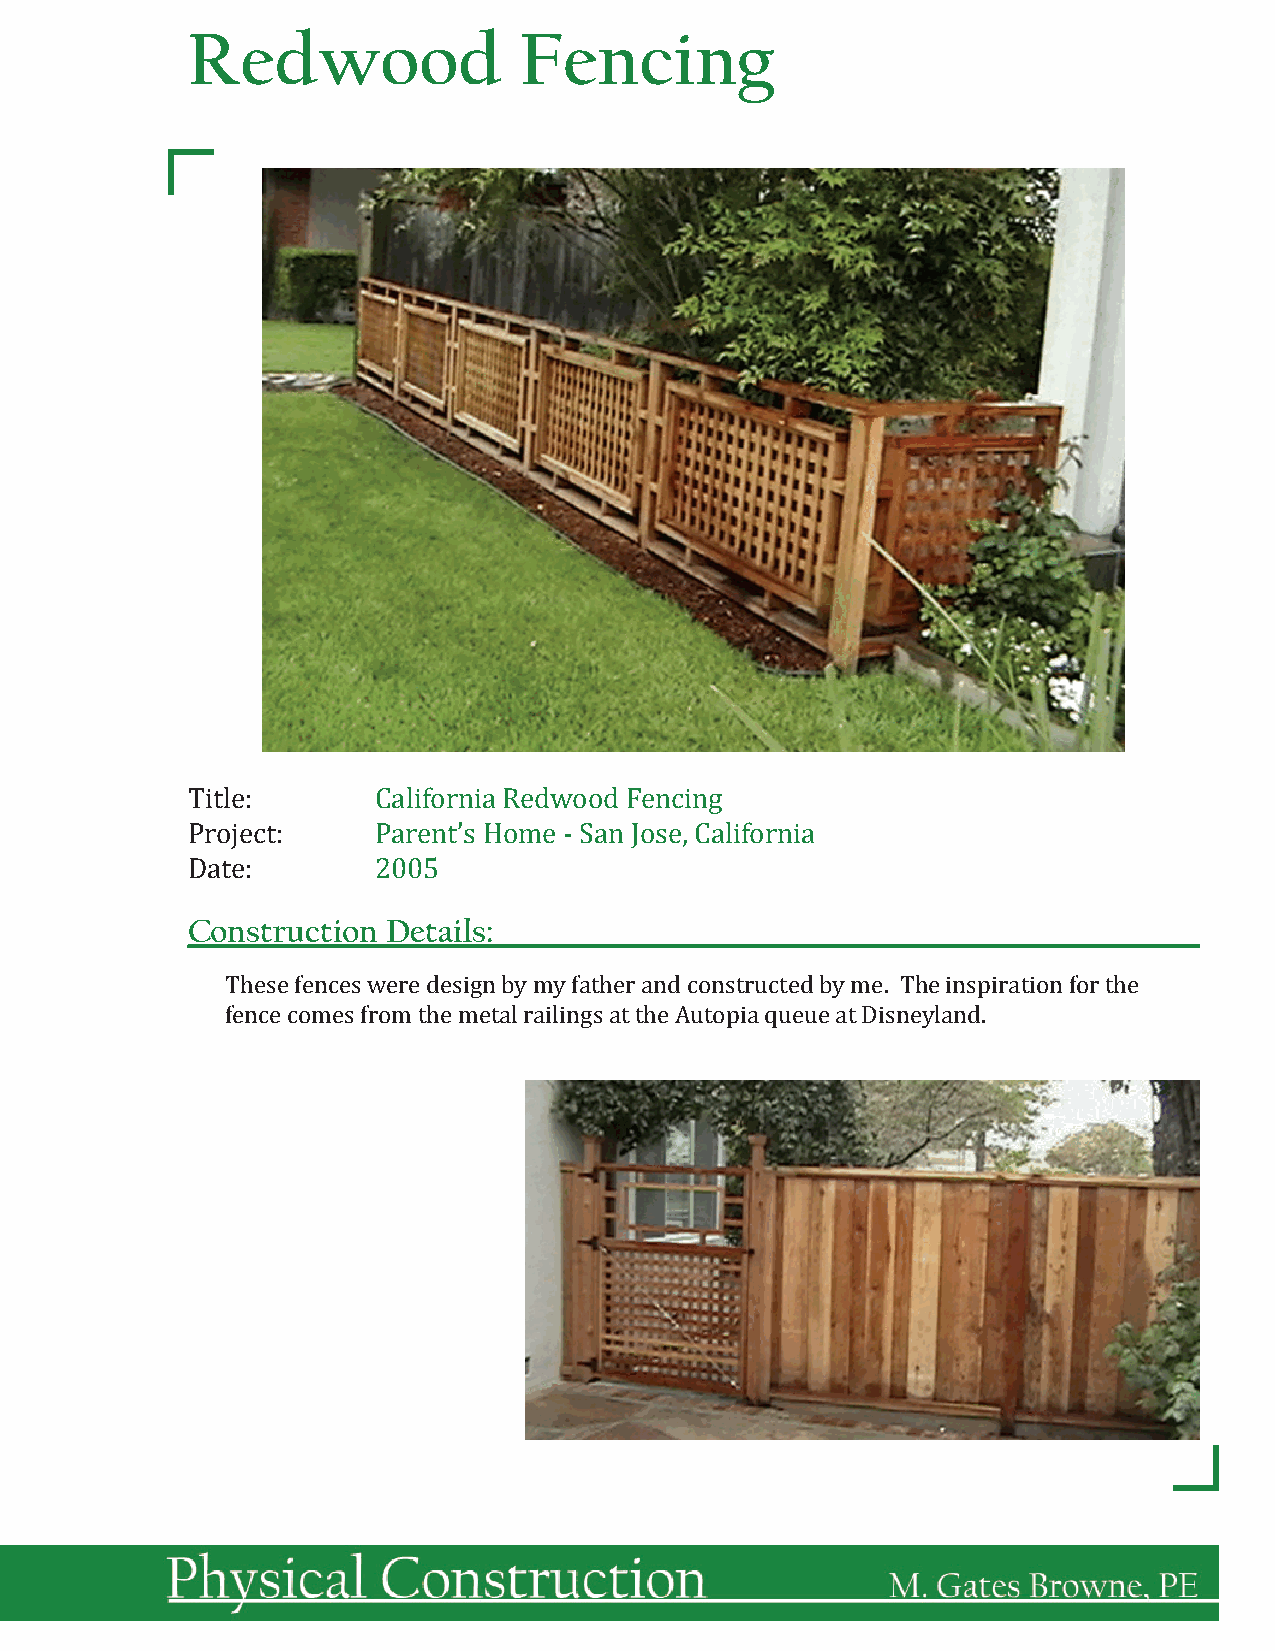
Redwood               Fencing
 Title:       California Redwood Fencing
 Project:     Parent’s Home - San Jose, California
 Date:        2005
 Construction  Details:
 These fences were design by my father and constructed by me. The inspiration for the
 fence comes from the metal railings at the Autopia queue at Disneyland.